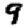
Digit: 9